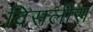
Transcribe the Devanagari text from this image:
दिसलीस